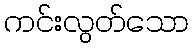
ကင်းလွတ်သော